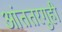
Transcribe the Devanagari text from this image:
आंततरगुही